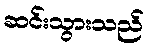
ဆင်းသွားသည်